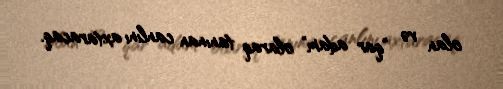
olan və "qar adam" olaraq tanınan canlını axtaracaq.